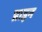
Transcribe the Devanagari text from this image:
प्राइन